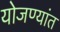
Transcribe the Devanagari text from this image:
योजण्यांत